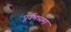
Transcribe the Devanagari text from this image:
पूर्वमध्यमा